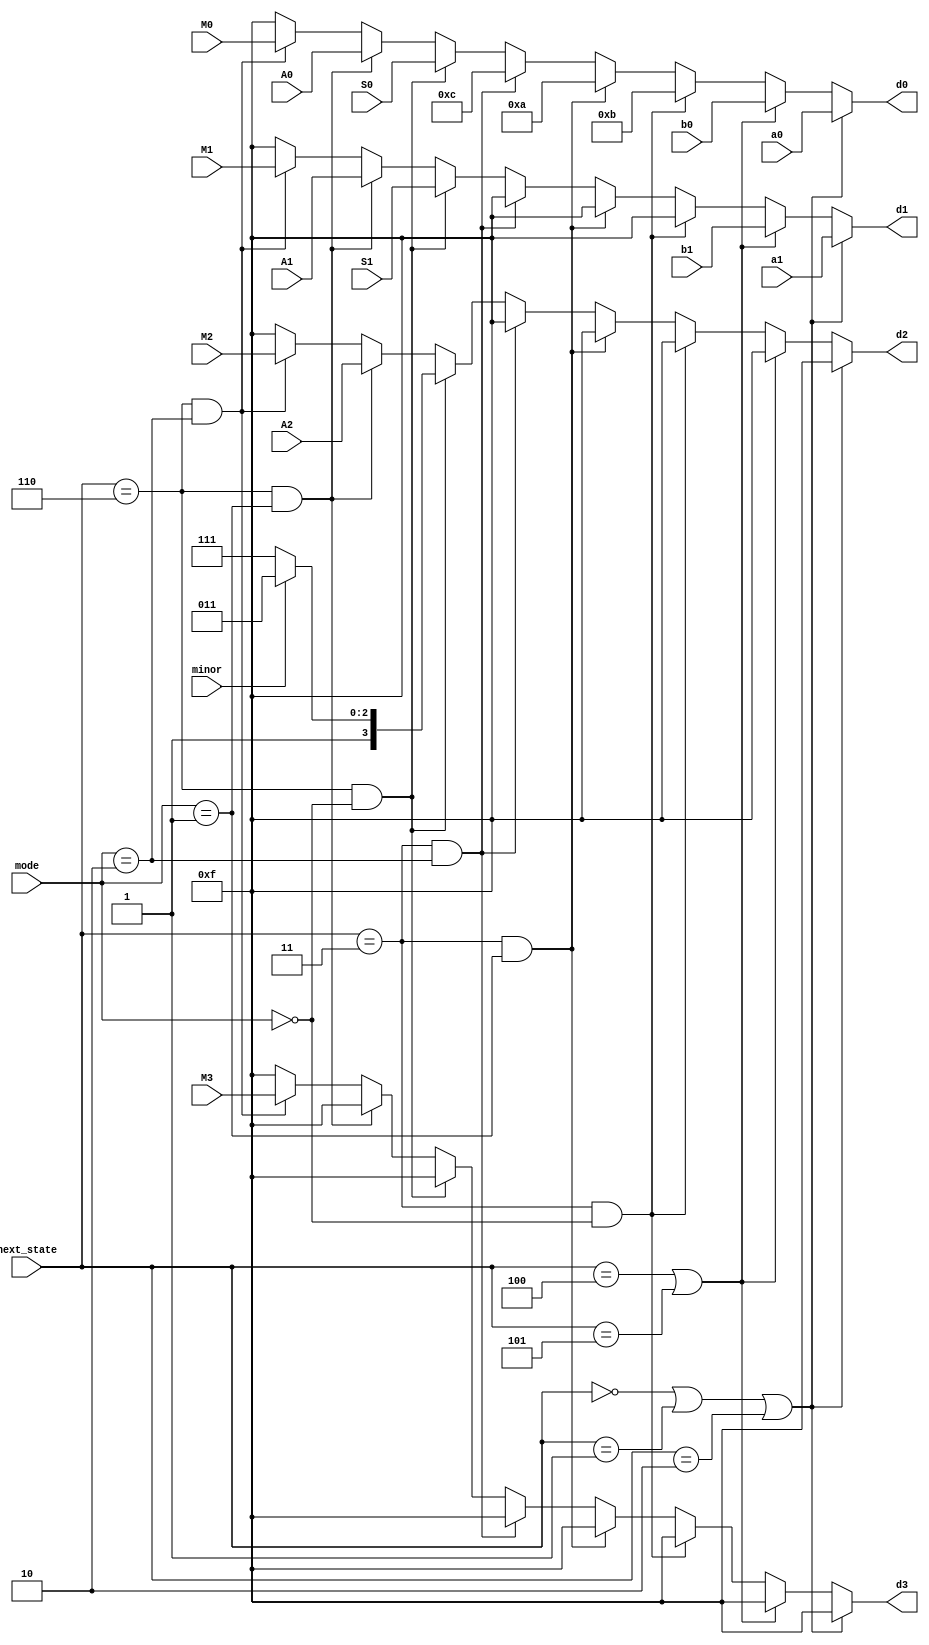
`timescale 1ns / 1ps
//////////////////////////////////////////////////////////////////////////////////
// Company: 
// Engineer: 
// 
// Design Name: 
// Module Name: display_selector
// Project Name: 
// Target Devices: 
// Tool Versions: 
// Description: 
// 
// Dependencies: 
// 
// Revision:
// Revision 0.01 - File Created
// Additional Comments:
// 
//////////////////////////////////////////////////////////////////////////////////
`define IN_A0 3'd0
`define IN_A1 3'd1
`define A_DONE 3'd2
`define MODE  3'd3
`define IN_B0 3'd4
`define B_DONE 3'd5
`define ENTER 3'd6

`define M_S 2'd0
`define M_A 2'd1
`define M_M 2'd2 
`define M_N 2'd3 // NONE

module display_selector(
    input [1:0] mode,
    input [3:0] a0,
    input [3:0] a1,
    input [3:0] b0,
    input [3:0] b1,
    input [3:0] A0,
    input [3:0] A1,
    input [3:0] A2,
    input [3:0] S0,
    input [3:0] S1,
    input minor,
    input [3:0] M0,
    input [3:0] M1,
    input [3:0] M2,
    input [3:0] M3,
    input [2:0] next_state,
    output reg [3:0] d0,
    output reg [3:0] d1,
    output reg [3:0] d2,
    output reg [3:0] d3
    );
    
    always @* begin
        if (next_state == `IN_A0 || next_state == `IN_A1 || next_state == `A_DONE) begin
            d0 = a0;
            d1 = a1;
            d2 = 4'd15;
            d3 = 4'd15;
        end
        else if (next_state == `IN_B0 || next_state == `B_DONE) begin
            d0 = b0;
            d1 = b1;
            d2 = 4'd15;
            d3 = 4'd15;
        end
        else if (next_state == `MODE && mode == `M_S) begin
            d0 = 4'd11;
            d1 = 4'd15;
            d2 = 4'd15;
            d3 = 4'd15;
        end
        else if (next_state == `MODE && mode == `M_A) begin
            d0 = 4'd10;
            d1 = 4'd15;
            d2 = 4'd15;
            d3 = 4'd15;
        end
        else if (next_state == `MODE && mode == `M_M) begin
            d0 = 4'd12;
            d1 = 4'd15;
            d2 = 4'd15;
            d3 = 4'd15;
        end
        else if (next_state == `ENTER && mode == `M_S) begin
            d0 = S0;
            d1 = S1;
            if (minor) d2 = 4'd11;
            else       d2 = 4'd15;
            d3 = 4'd15;
        end
        else if (next_state == `ENTER && mode == `M_A) begin
            d0 = A0;
            d1 = A1;
            d2 = A2;
            d3 = 4'd15;
        end
        else if (next_state == `ENTER && mode == `M_M) begin
            d0 = M0;
            d1 = M1;
            d2 = M2;
            d3 = M3;
        end
        else begin
            d0 = 4'd15;
            d1 = 4'd15;
            d2 = 4'd15;
            d3 = 4'd15;
        end
    end
    
endmodule